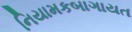
નિયામકબાગાયત